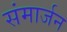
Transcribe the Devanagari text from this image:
संमार्जन